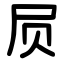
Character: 屃